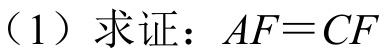
（1）求证：\(AF = CF\)